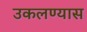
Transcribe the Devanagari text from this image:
उकलण्यास